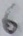
Text: 6